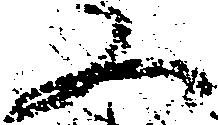
又